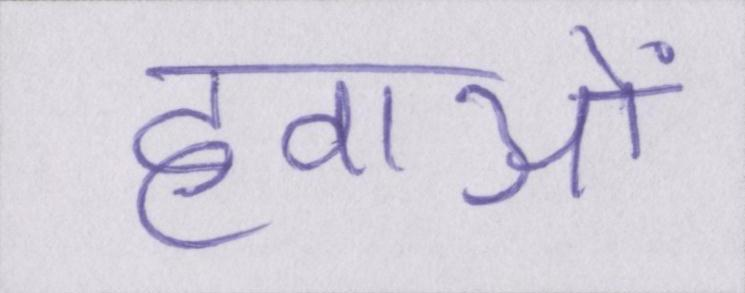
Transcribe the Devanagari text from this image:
हवाओं